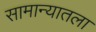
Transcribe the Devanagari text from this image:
सामान्यातला